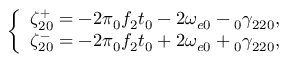
\left\{ \begin{array} { c } { \zeta _ { 2 0 } ^ { + } = - 2 \pi \phantom { } _ { 0 } f _ { 2 } t _ { 0 } - 2 \omega _ { e 0 } - \phantom { } _ { 0 } \gamma _ { 2 2 0 } , } \\ { \zeta _ { 2 0 } ^ { - } = - 2 \pi \phantom { } _ { 0 } f _ { 2 } t _ { 0 } + 2 \omega _ { e 0 } + \phantom { } _ { 0 } \gamma _ { 2 2 0 } , } \end{array} \right.